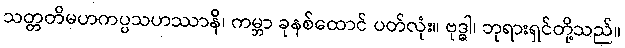
သတ္တတိမဟကပ္ပသဟဿာနိ၊ ကမ္ဘာ ခုနစ်ထောင် ပတ်လုံး။ ဗုဒ္ဓါ၊ ဘုရားရှင်တို့သည်။